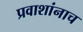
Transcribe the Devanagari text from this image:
प्रवाशांनाच